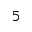
5